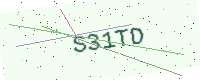
Text: S31TD